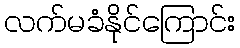
လက်မခံနိုင်ကြောင်း